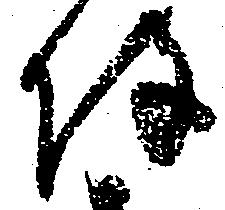
陣